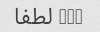
t/t لطفا